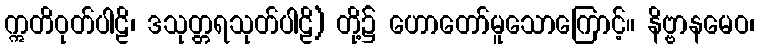
ဣတိဝုတ်ပါဠိ၊ ဒသုတ္တရသုတ်ပါဠိ) တို့၌ ဟောတော်မူသောကြောင့်။ နိဗ္ဗာနမေဝ၊